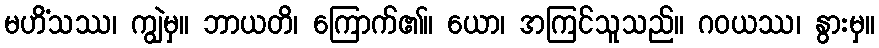
မဟိံသဿ၊ ကျွဲမှ။ ဘာယတိ၊ ကြောက်၏။ ယော၊ အကြင်သူသည်။ ဂဝယဿ၊ နွားမှ။